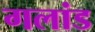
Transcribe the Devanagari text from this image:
गलांड